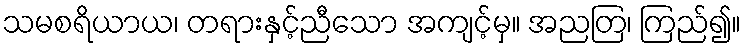
သမစရိယာယ၊ တရားနှင့်ညီသော အကျင့်မှ။ အညတြ၊ ကြည်၍။